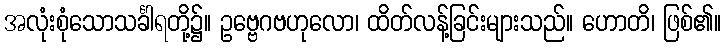
အလုံးစုံသောသင်္ခါရတို့၌။ ဥဗ္ဗေဂဗဟုလော၊ ထိတ်လန့်ခြင်းများသည်။ ဟောတိ၊ ဖြစ်၏။